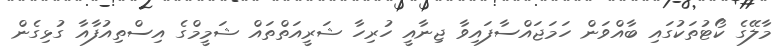
މާލޭގެ ކޯޓުތަކުގައި ބާއްވަން ހަމަޖައްސާފައިވާ ޖިނާއީ ހުރިހާ ޝަރީއަތްތައް ޝަމީމްގެ އިސްތިއުފާއާ ގުޅިގެން